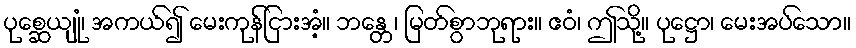
ပုစ္ဆေယျုံ၊ အကယ်၍ မေးကုန်ငြားအံ့။ ဘန္တေ၊ မြတ်စွာဘုရား။ ဧဝံ၊ ဤသို့။ ပုဋ္ဌော၊ မေးအပ်သော။